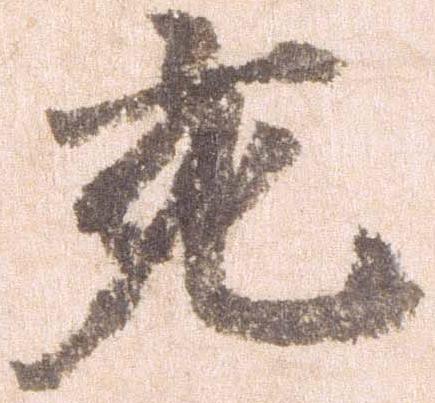
充